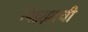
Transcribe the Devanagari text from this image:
पिझ्झाची